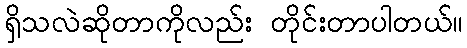
ရှိသလဲဆိုတာကိုလည်း တိုင်းတာပါတယ်။